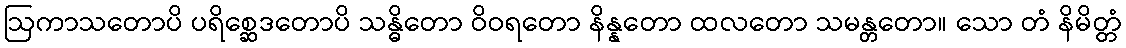
ဩကာသတောပိ ပရိစ္ဆေဒတောပိ သန္ဓိတော ဝိဝရတော နိန္နတော ထလတော သမန္တတော။ သော တံ နိမိတ္တံ